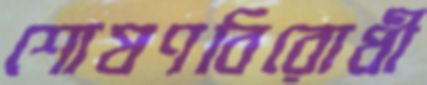
শোষণবিরোধী